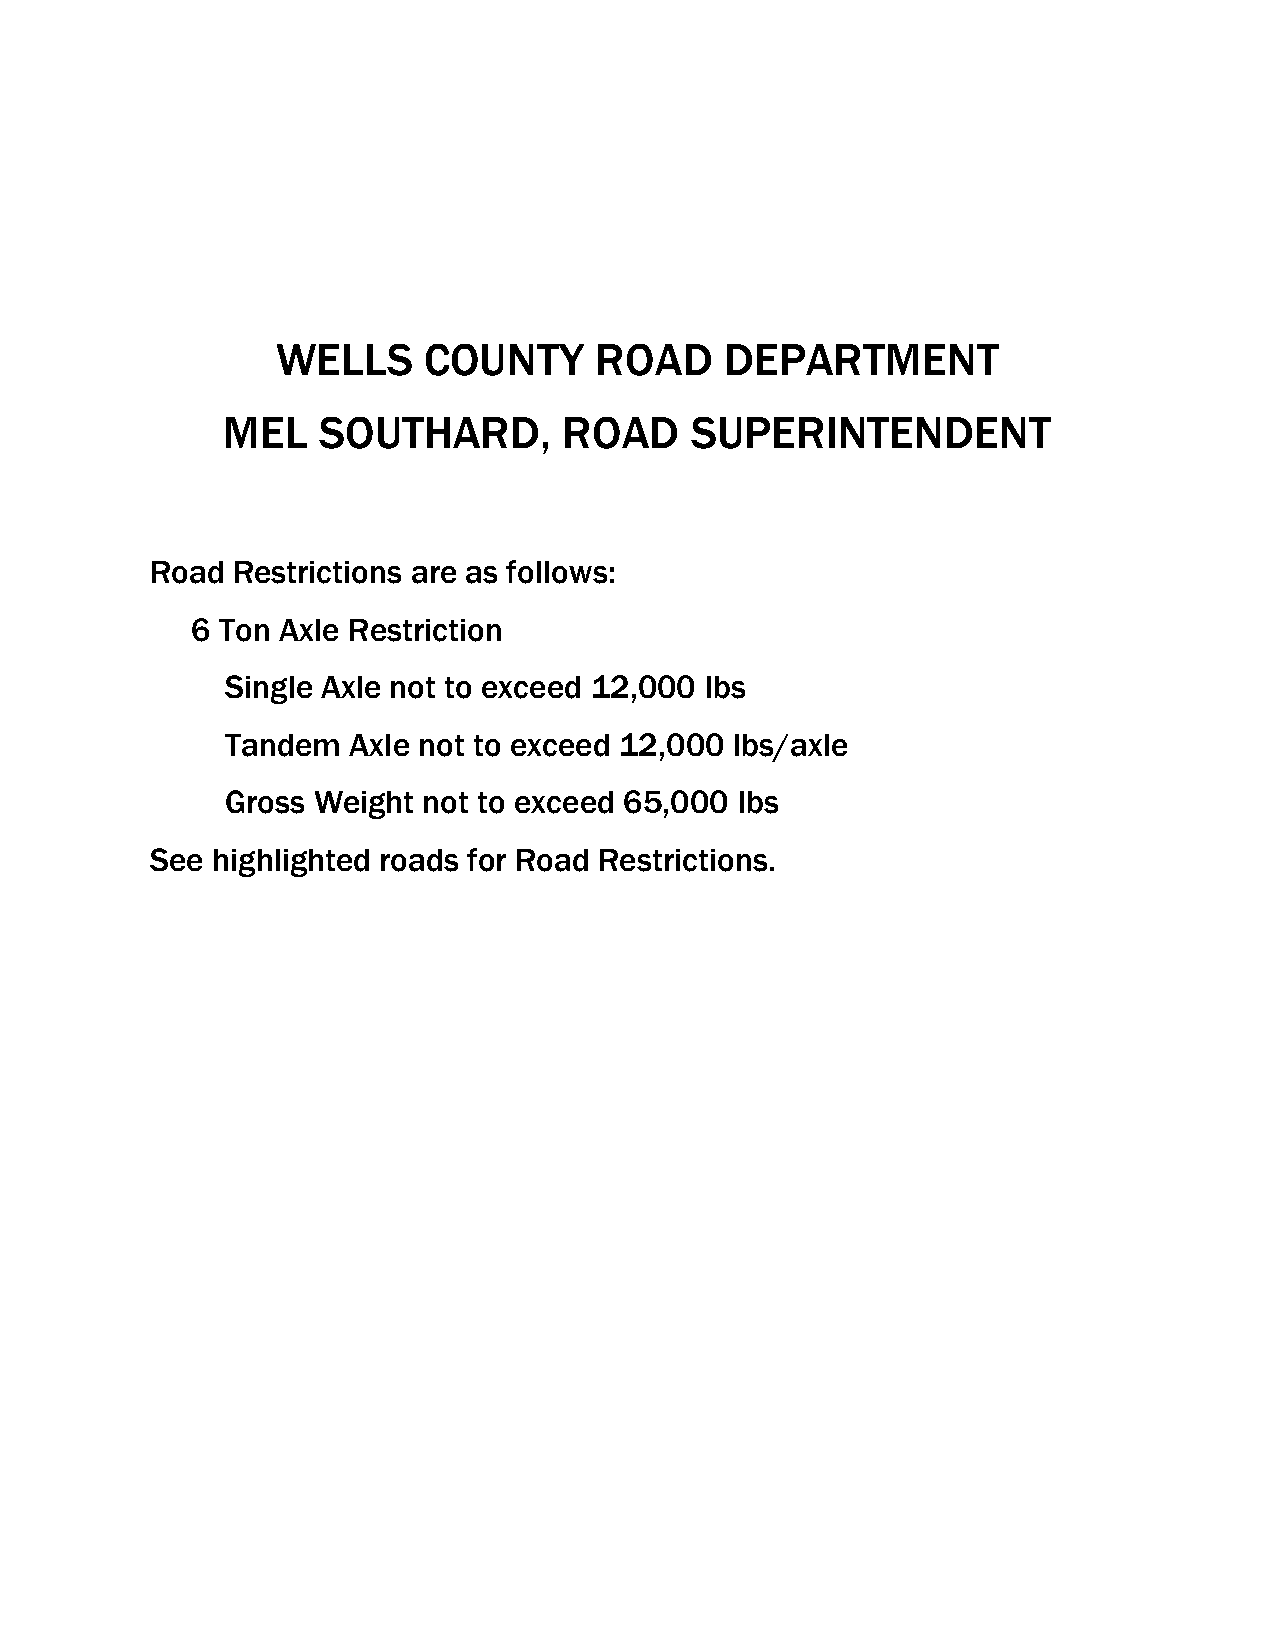
WELLS     COUNTY     ROAD     DEPARTMENT
 MEL   SOUTHARD,       ROAD     SUPERINTENDENT
 Road Restrictions are as follows:
 6 Ton Axle Restriction
 Single Axle not to exceed 12,000 lbs
 Tandem  Axle not to exceed 12,000 lbs/axle
 Gross Weight not to exceed 65,000 lbs
 See highlighted roads for Road Restrictions.